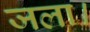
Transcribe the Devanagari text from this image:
जला।